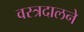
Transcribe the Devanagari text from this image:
वस्त्रदालने